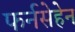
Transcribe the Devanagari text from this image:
फर्नसेहेन